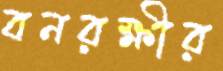
বনরক্ষীর